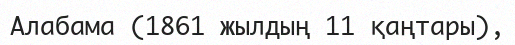
Алабама (1861 жылдың 11 қаңтары),